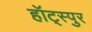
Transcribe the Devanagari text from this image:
हॉट्स्पुर